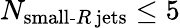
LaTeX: N_{\textrm{small-}R\, \textrm{jets}}\leq 5